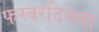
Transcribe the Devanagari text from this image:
फरवरदिनला